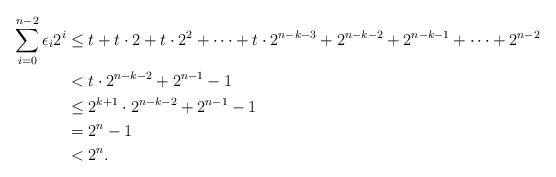
\begin{align*}\sum_{i=0}^{n-2} \epsilon_i 2^i&\leq t+t\cdot2+t\cdot2^2+\cdots+t\cdot2^{n-k-3}+2^{n-k-2}+2^{n-k-1}+\cdots+2^{n-2}\\&<t\cdot2^{n-k-2}+2^{n-1}-1\\&\leq2^{k+1}\cdot2^{n-k-2}+2^{n-1}-1\\&=2^n-1\\&<2^n.\end{align*}